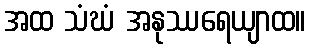
အထ သံဃံ အနုဿရေယျာထ။